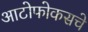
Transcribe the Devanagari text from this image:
आटोफोकसचे